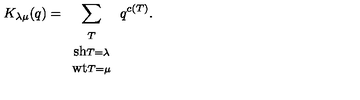
K _ { \lambda \mu } ( q ) = \sum _ { \begin{array} { c } { \scriptstyle T } \\ { \mathrm { \small s h } \scriptstyle T = \lambda } \\ { \mathrm { \small w t } \scriptstyle T = \mu } \\ \end{array} } q ^ { c ( T ) } .